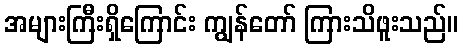
အများကြီးရှိကြောင်း ကျွန်တော် ကြားသိဖူးသည်။